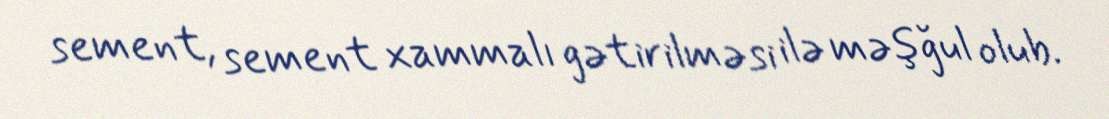
sement, sement xammalı gətirilməsi ilə məşğul olub.